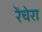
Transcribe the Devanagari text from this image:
रेंचेरा